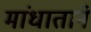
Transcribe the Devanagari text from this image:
मांधाताने